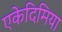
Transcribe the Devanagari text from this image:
एकेदिमिया